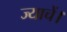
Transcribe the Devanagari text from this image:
ज्याचें।